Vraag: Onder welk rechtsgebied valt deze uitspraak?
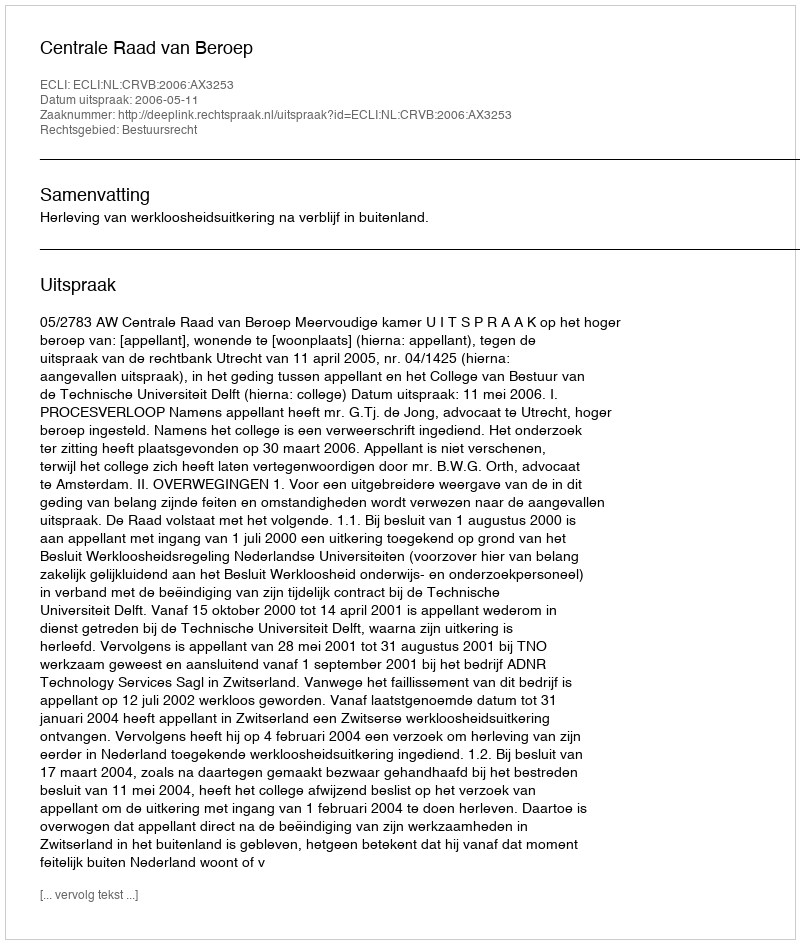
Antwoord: Bestuursrecht